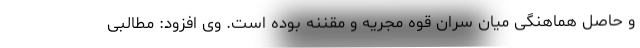
و حاصل هماهنگی میان سران قوه مجریه و مقننه بوده است. وی افزود: مطالبی